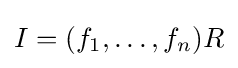
I=(f_{1},\ldots ,f_{n})R